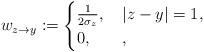
LaTeX: \begin{align*} w_{z \to y} := \begin{cases}\frac{1}{2 \sigma_z}, \, & |z-y| = 1, \\0, & ,\end{cases}\end{align*}